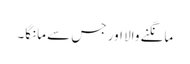
مانگنے والا اور جس سے مانگا۔